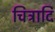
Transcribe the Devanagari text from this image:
चित्रादि